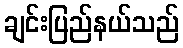
ချင်းပြည်နယ်သည်